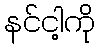
နင်ငါ့ကို